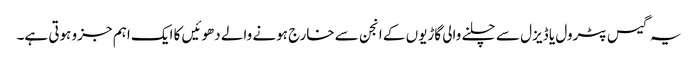
یہ گیس پٹرول یا ڈیزل سے چلنے والی گاڑیوں کے انجن سے خارج ہونے والے دھوئیں کا ایک اہم جزو ہوتی ہے۔